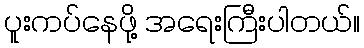
ပူးကပ်နေဖို့ အရေးကြီးပါတယ်။